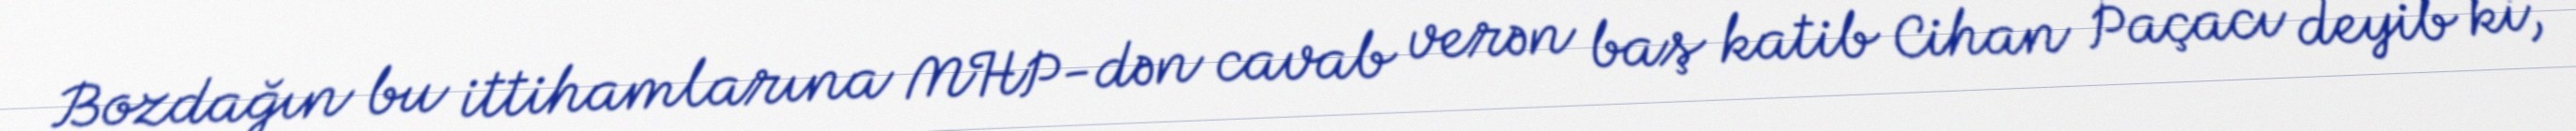
Bozdağın bu ittihamlarına MHP-dən cavab verən baş katib Cihan Paçacı deyib ki,